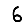
Digit: 6